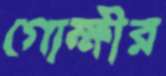
গোক্ষীর